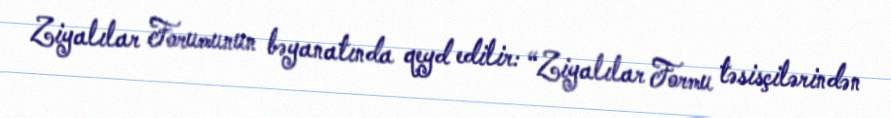
Ziyalılar Forumunun bəyanatında qeyd edilir: “Ziyalılar Formu təsisçilərindən